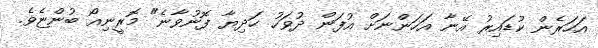
އަހަރެން ކުޑައިރު އޭނާ އަހަންނަށް އުފަން ދުވަހު ހަދިޔާ ފޮނުވާނެ" މޮރީނިއޯ ބުންޏެވެ.